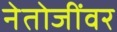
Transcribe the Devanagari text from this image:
नेतोजींवर